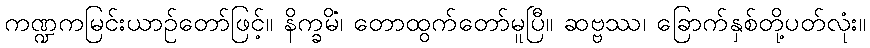
ကဏ္ဍကမြင်းယာဉ်တော်ဖြင့်။ နိက္ခမိံ၊ တောထွက်တော်မူပြီ။ ဆဗ္ဗဿ၊ ခြောက်နှစ်တို့ပတ်လုံး။